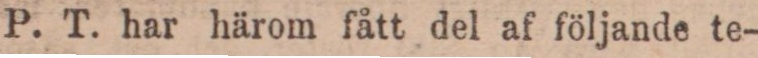
P. T. har härom fått del af följande te-